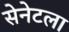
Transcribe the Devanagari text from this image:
सेनेटला